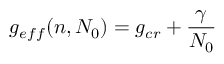
g _ { e f f } ( n , N _ { 0 } ) = g _ { c r } + { \frac { \gamma } { N _ { 0 } } }